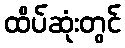
ထိပ်ဆုံးတွင်